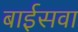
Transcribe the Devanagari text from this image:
बाईसवा